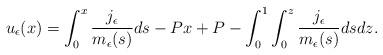
LaTeX: \begin{align*}u_\epsilon (x )=\int_0^x\frac{j_\epsilon}{m_\epsilon (s )}ds-P x+P-\int_0^1\int_0^z\frac{j_\epsilon}{m_\epsilon (s )}dsdz.\end{align*}